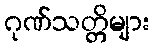
ဂုဏ်သတ္တိများ